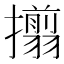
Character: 𢸄